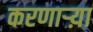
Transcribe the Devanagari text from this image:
करणार्‍य़ा